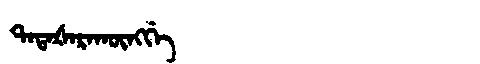
Manchu: ᡨᠠᡨᠠᡧᠠᡵᠠᡴᡡᠩᡤᡝ
Romanization: TATAŠARAKŪNGGE